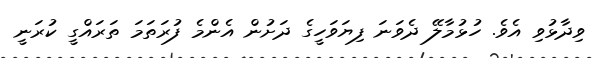
ވިދާޅުވި އެވެ. ހުޅުމާލޭ ދެވަނަ ފިޔަވަހީގެ ދަށުން އެންމެ ފުރަތަމަ ތަރައްގީ ކުރަނީ